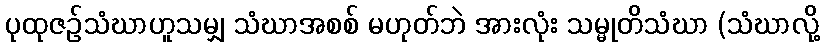
ပုထုဇဉ်သံဃာဟူသမျှ သံဃာအစစ် မဟုတ်ဘဲ အားလုံး သမ္မုတိသံဃာ (သံဃာလို့